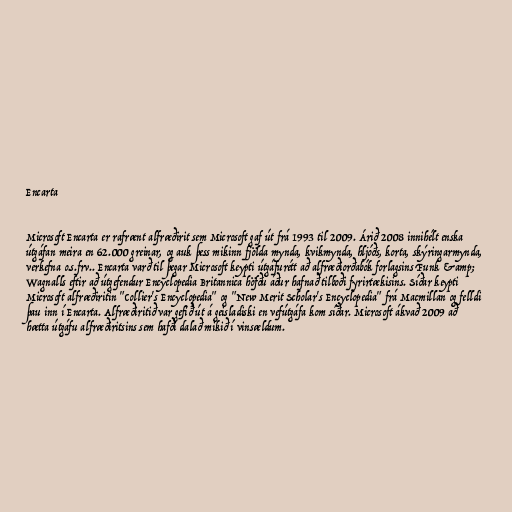
Encarta

Microsoft Encarta er rafrænt alfræðirit sem Microsoft gaf út frá 1993 til 2009. Árið 2008 innihélt enska
útgáfan meira en 62.000 greinar, og auk þess mikinn fjölda mynda, kvikmynda, hljóðs, korta, skýringarmynda,
verkefna o.s.frv.. Encarta varð til þegar Microsoft keypti útgáfurétt að alfræðiorðabók forlagsins Funk &amp;
Wagnalls eftir að útgefendur Encyclopedia Britannica höfðu áður hafnað tilboði fyrirtækisins. Síðar keypti
Microsoft alfræðiritin "Collier's Encyclopedia" og "New Merit Scholar's Encyclopedia" frá Macmillan og felldi
þau inn í Encarta. Alfræðiritið var gefið út á geisladiski en vefútgáfa kom síðar. Microsoft ákvað 2009 að
hætta útgáfu alfræðiritsins sem hafði dalað mikið í vinsældum.